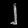
Digit: ၂